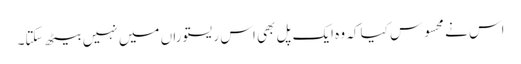
اس نے محسوس کیا کہ وہ ایک پل بھی اس ریستوراں میں نہیں بیٹھ سکتا۔